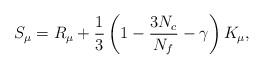
LaTeX: \begin{align*}S_{\mu }=R_{\mu }+\frac{1}{3}\left( 1-\frac{3N_{c}}{N_{f}}-\gamma \right)K_{\mu }, \end{align*}